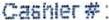
CASHLER #: